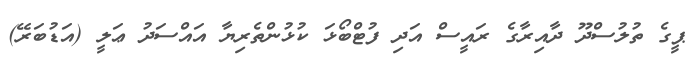
ޕީގެ ތުލުސްދޫ ދާއިރާގެ ރައީސް އަދި ފުޓްބޯޅަ ކުޅުންތެރިޔާ އައްސަދު ޢަލީ (އަޑުބަރޭ)